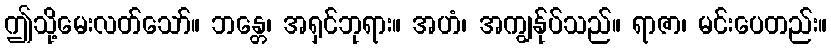
ဤသို့မေးလတ်သော်။ ဘန္တေ၊ အရှင်ဘုရား။ အဟံ၊ အကျွန်ုပ်သည်။ ရာဇာ၊ မင်းပေတည်း။